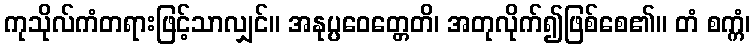
ကုသိုလ်ကံတရားဖြင့်သာလျှင်။ အနုပ္ပဝေတ္တေတိ၊ အတုလိုက်၍ဖြစ်စေ၏။ တံ စက္ကံ၊